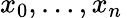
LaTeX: x_{0},\ldots,x_{n}\,